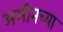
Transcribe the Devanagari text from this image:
अमीनच्या